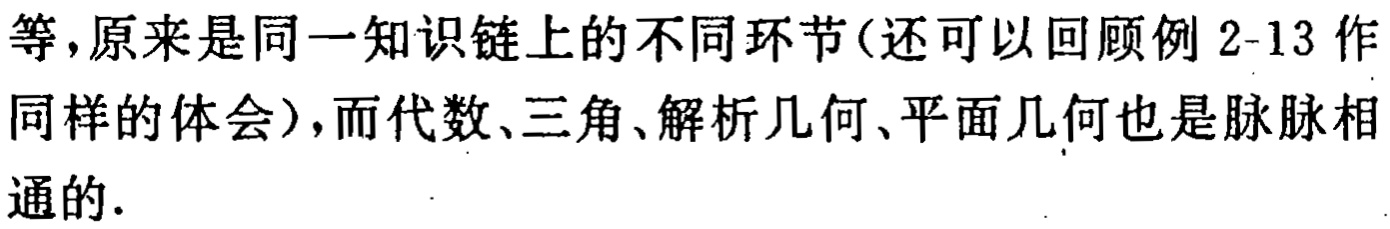
等，原来是同一知识链上的不同环节(还可以回顾例 2-13 作同样的体会)，而代数、三角、解析几何、平面几何也是脉脉相通的.